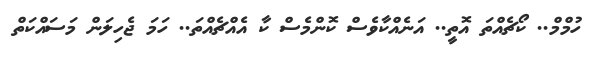
ހުމްމް.. ކޯޗެއްތަ އޮތީ.. އަނެއްކާވެސް ކޮންމެސް ކާ އެއްޗެއްތަ.. ހަމަ ޖެހިލަން މަސައްކަތް